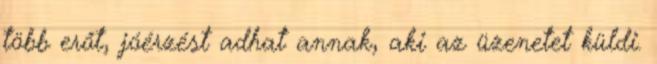
több erőt, jóérzést adhat annak, aki az üzenetet küldi.